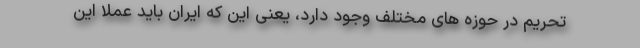
تحریم در حوزه های مختلف وجود دارد، یعنی این که ایران باید عملا این